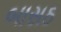
બાસઠ